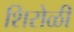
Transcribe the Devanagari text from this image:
शिरोळी